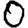
Digit: 0